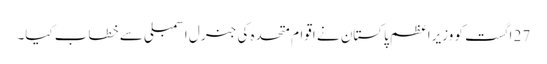
27 اگست کو وزیراعظم پاکستان نے اقوام متحدہ کی جنرل اسمبلی سے خطاب کیا۔